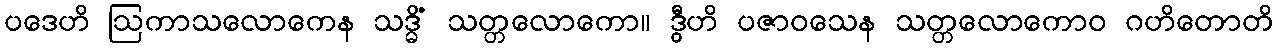
ပဒေဟိ ဩကာသလောကေန သဒ္ဓိံ သတ္တလောကော။ ဒွီဟိ ပဇာဝသေန သတ္တလောကောဝ ဂဟိတောတိ